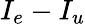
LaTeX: I_{e}-I_{u}